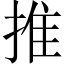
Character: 推